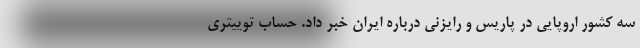
سه کشور اروپایی در پاریس و رایزنی درباره ایران خبر داد. حساب توییتری